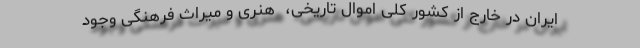
ایران در خارج از کشور کلی اموال تاریخی، ‌ هنری و میراث فرهنگی وجود